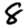
Digit: 8